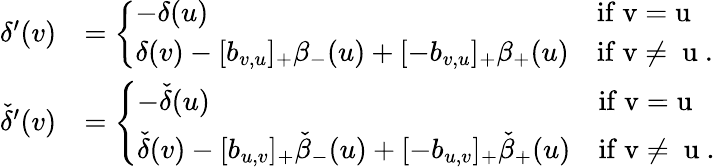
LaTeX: \begin{array}{rl}{\delta^{\prime}(v)}&{=\left\{ \begin{array}{ll}{-\delta(u)}&{\mathrm{if~v=u~}}\\ {\delta(v)-[b_{v,u}]_{+}\beta_{-}(u)+[-b_{v,u}]_{+}\beta_{+}(u)}&{\mathrm{if~v\neq~u~.}}\end{array}\right.}\\ {{\check{\delta}}^{\prime}(v)}&{=\left\{ \begin{array}{ll}{-{\check{\delta}}(u)}&{\mathrm{if~v=u~}}\\ {{\check{\delta}}(v)-[b_{u,v}]_{+}{\check{\beta}}_{-}(u)+[-b_{u,v}]_{+}{\check{\beta}}_{+}(u)}&{\mathrm{if~v\neq~u~.}}\end{array}\right.}\end{array}